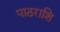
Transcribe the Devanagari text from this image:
पाठराशि